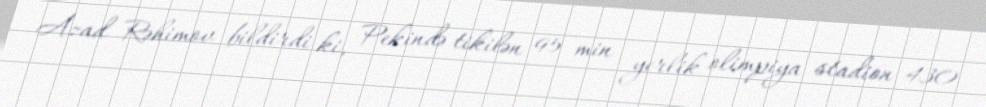
Azad Rəhimov bildirdi ki, Pekində tikilən 95 min yerlik olimpiya stadion 430